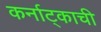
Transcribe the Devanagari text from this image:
कर्नाट्काची